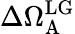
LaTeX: \Delta\Omega_{\mathrm{A}}^{\mathrm{LG}}